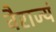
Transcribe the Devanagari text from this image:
वैराज्यं